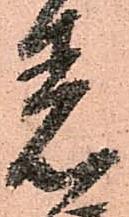
差